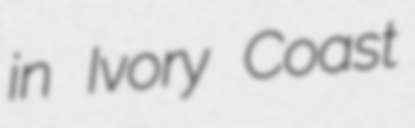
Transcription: in Ivory Coast